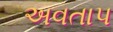
અવતાપ